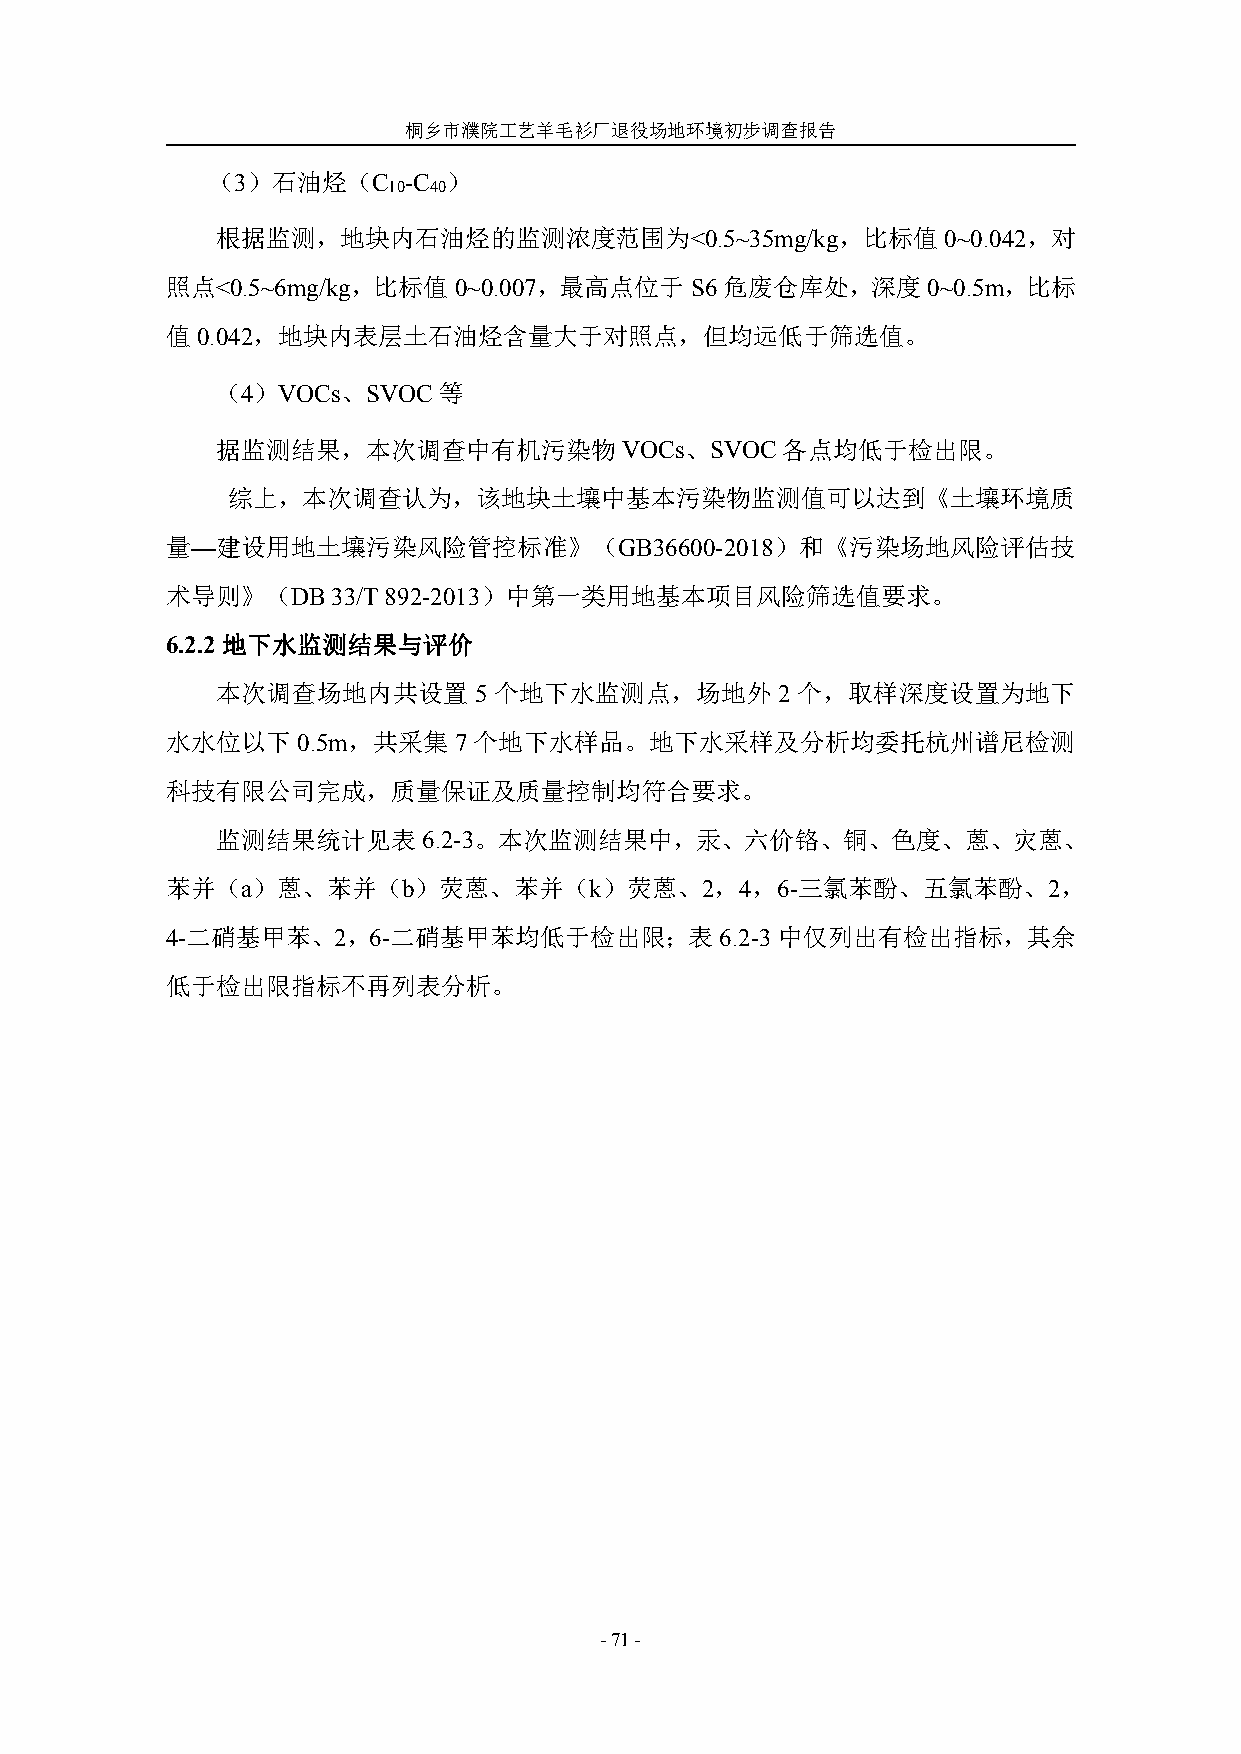
桐乡市濮院工艺羊毛衫厂退役场地环境初步调查报告
 （3）石油烃（C     -C ）
 10 40
 根据监测，地块内石油烃的监测浓度范围为<0.5~35mg/kg，比标值0~0.042，对
 照点<0.5~6mg/kg，比标值0~0.007，最高点位于     S6 危废仓库处，深度    0~0.5m，比标
 值0.042，地块内表层土石油烃含量大于对照点，但均远低于筛选值。
 （4）VOCs、SVOC等
 据监测结果，本次调查中有机污染物VOCs、SVOC各点均低于检出限。
 综上，本次调查认为，该地块土壤中基本污染物监测值可以达到《土壤环境质
 量—建设用地土壤污染风险管控标准》（GB36600-2018）和《污染场地风险评估技
 术导则》（DB33/T892-2013）中第一类用地基本项目风险筛选值要求。
 6.2.2地下水监测结果与评价
 本次调查场地内共设置       5 个地下水监测点，场地外       2 个，取样深度设置为地下
 水水位以下    0.5m，共采集  7个地下水样品。地下水采样及分析均委托杭州谱尼检测
 科技有限公司完成，质量保证及质量控制均符合要求。
 监测结果统计见表6.2-3。本次监测结果中，汞、六价铬、铜、色度、蒽、灾蒽、
 苯并（a）蒽、苯并（b）荧蒽、苯并（k）荧蒽、2，4，6-三氯苯酚、五氯苯酚、2，
 4-二硝基甲苯、2，6-二硝基甲苯均低于检出限；表6.2-3中仅列出有检出指标，其余
 低于检出限指标不再列表分析。
 -71-